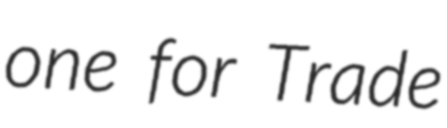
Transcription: one for Trade